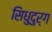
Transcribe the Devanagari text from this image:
सिधुदुर्ग